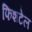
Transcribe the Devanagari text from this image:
फिशटेल